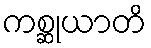
ကစ္ဆုယာတိ